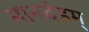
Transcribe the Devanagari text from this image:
मानदंडम्